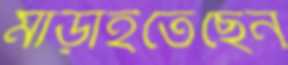
মাড়াইতেছেন